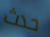
حدث